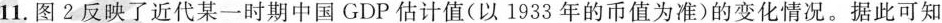
11.图2反映了近代某一时期中国GDP估计值(以1933年的币值为准)的变化情况。据此可知